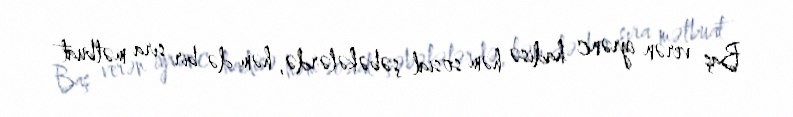
Baş verən iyrənc hadisə həm sosial şəbəkələrdə, həm də bir sıra mətbuat